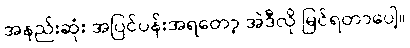
အနည်းဆုံး အပြင်ပန်းအရတော့ အဲဒီလို မြင်ရတာပေါ့။